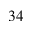
3 4